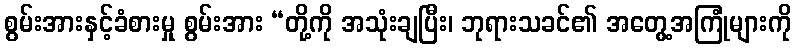
စွမ်းအားနှင့်ခံစားမှု စွမ်းအား “တို့ကို အသုံးချပြီး၊ ဘုရားသခင်၏ အတွေ့အကြုံများကို